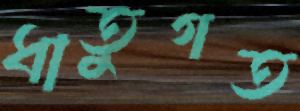
ধাতুগত